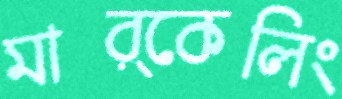
মার্কেলিং